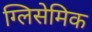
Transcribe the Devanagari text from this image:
ग्लिसेमिक